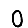
Digit: 0